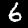
Digit: 6